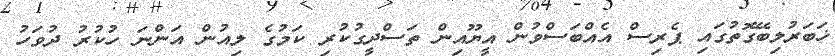
ޚަބަރުލިބޭގޮތުގައި ޕެރިސް އެއްބަސްވުން އީޔޫއިން ތަސްދީގުކުރި ކަމުގެ ލިއުން އަންނަ ހުކުރު ދުވަހު